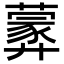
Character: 𦿢